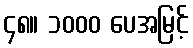
၄၈။ ၁၀၀၀ ပေအမြင့်